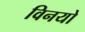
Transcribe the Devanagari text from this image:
विनयो